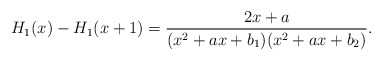
\begin{align*}H_1(x)-H_1(x+1)=\frac{2x+a}{(x^2+a x+b_1)(x^2+a x+b_2)}.\end{align*}